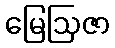
မြေဩဇာ